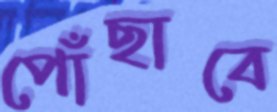
পোঁছাবে